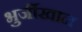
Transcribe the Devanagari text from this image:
भुर्जीखान